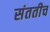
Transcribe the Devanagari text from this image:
संततीच